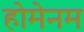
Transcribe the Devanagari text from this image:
होमेनम